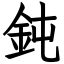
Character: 鈍